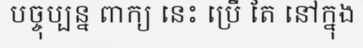
បច្ចុប្បន្ន ពាក្យ នេះ ប្រើ តែ នៅក្នុង